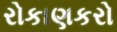
રોકાણકરો